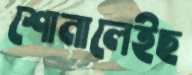
শোনালেইছ